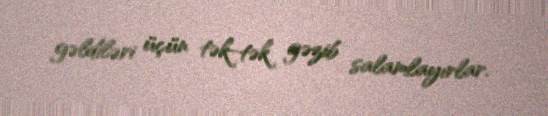
gəldiləri üçün tək-tək gəzib salamlayırlar.